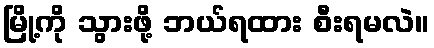
မြို့ကို သွားဖို့ ဘယ်ရထား စီးရမလဲ။